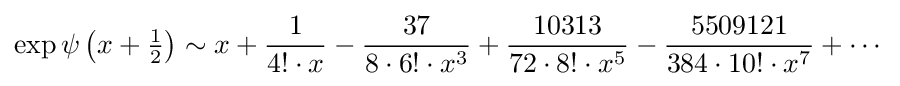
\exp \psi \left(x+{\tfrac {1}{2}}\right)\sim x+{\frac {1}{4!\cdot x}}-{\frac {37}{8\cdot 6!\cdot x^{3}}}+{\frac {10313}{72\cdot 8!\cdot x^{5}}}-{\frac {5509121}{384\cdot 10!\cdot x^{7}}}+\cdots